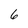
Character: 6